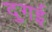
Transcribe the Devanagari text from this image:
दुगई